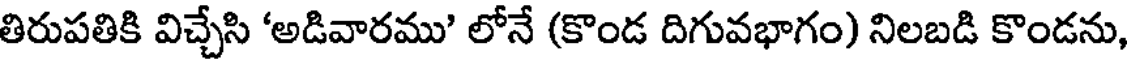
తిరుపతికి విచ్చేసి 'అడివారము' లోనే (కొండ దిగువభాగం) నిలబడి కొండను,